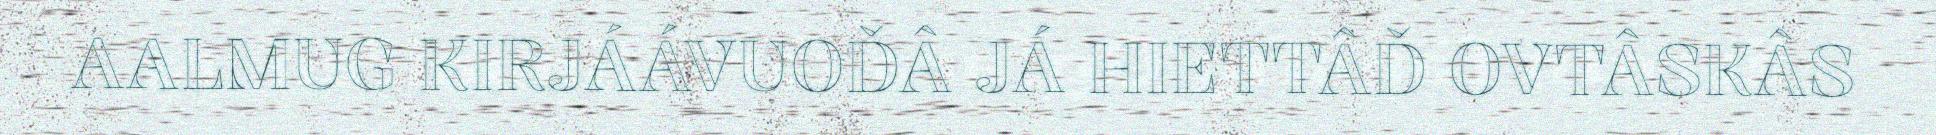
AALMUG KIRJÁÁVUOĐÂ JÁ HIETTÂĐ OVTÂSKÂS